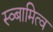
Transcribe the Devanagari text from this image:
स्व्बामित्व